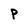
Character: P